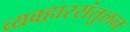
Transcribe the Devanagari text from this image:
व्यवहारसंतुलन